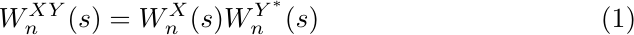
\begin{equation}
W_{n}^{XY}(s) = W_{n}^{X}(s)W_{n}^{Y^{*}}(s) \\
\end{equation}